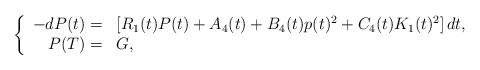
LaTeX: \begin{align*}\left\{\begin{array}[c]{rl}-dP(t)= & \left[ R_{1}(t)P(t)+A_{4}(t)+B_{4}(t)p(t)^{2}+C_{4}(t)K_{1}(t)^{2}\right] dt,\\P(T)= & G,\end{array}\right.\end{align*}